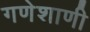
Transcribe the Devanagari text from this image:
गणेशाणी